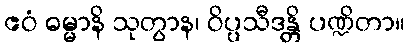
ဧဝံ ဓမ္မာနိ သုတွာန၊ ဝိပ္ပသီဒန္တိ ပဏ္ဍိတာ။